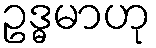
ဥဒ္ဓမာဟု